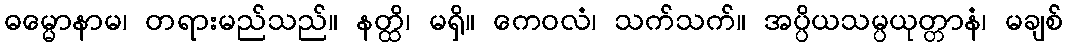
ဓမ္မောနာမ၊ တရားမည်သည်။ နတ္ထိ၊ မရှိ။ ကေဝလံ၊ သက်သက်။ အပ္ပိယသမ္ပယုတ္တာနံ၊ မချစ်